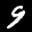
Digit: 9